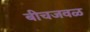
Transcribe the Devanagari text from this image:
बीचजवळ